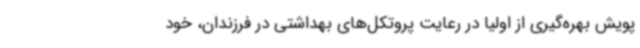
پویش بهره‌گیری از اولیا در رعایت پروتکل‌های بهداشتی در فرزندان، خود